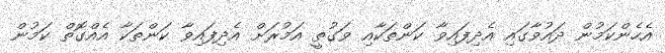
އެހެންކަމުން ދައުވާގައި އެދިފައިވާ ކަންތަކާއި ވަގުތީ އަމުރަށް އެދިފައިވާ ކަންތަކާ އެއްގޮތް ކަމުން